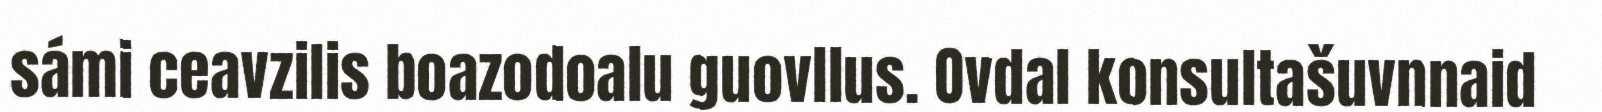
sámi ceavzilis boazodoalu guovllus. Ovdal konsultašuvnnaid